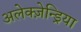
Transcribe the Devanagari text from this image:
अलेक्ज़ेन्ड्रिया